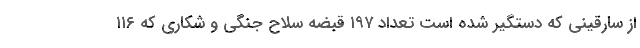
از سارقینی که دستگیر شده است تعداد ۱۹۷ قبضه سلاح جنگی و شکاری که ۱۱۶